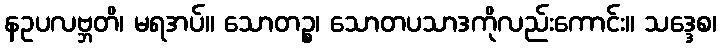
နဥပလဗ္ဘတိ၊ မရအပ်။ သောတဉ္စ၊ သောတပသာဒကိုလည်းကောင်း။ သဒ္ဒေစ၊